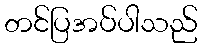
တင်ပြအပ်ပါသည်